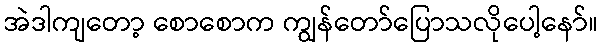
အဲဒါကျတော့ စောစောက ကျွန်တော်ပြောသလိုပေါ့နော်။